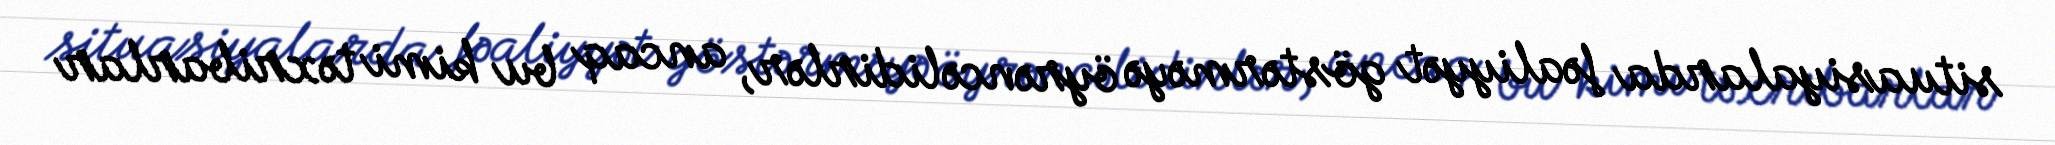
situasiyalarda fəaliyyət göstərməyə öyrəncəlidirlər, ancaq bu kimi təxribarlar